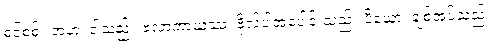
စင်စစ်။ အဟံ၊ ငါသည်။ ဗလာကာယဿ၊ ဗိုလ်ပါအပေါင်းသည်။ ပိယော၊ ချစ်အပ်သည်။